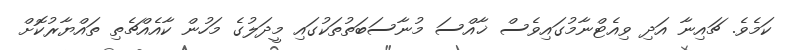
ކަމެވެ. ޗައިނާ އަދި ވިއެޓްނާމުގައިވެސް ޚާއްސަ މުނާސަބަތުތަކުގައި މީދަލުގެ މަހުން ކާއެއްޗެތި ތައްޔާރުކޮށް